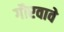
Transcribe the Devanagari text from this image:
गौरवावे